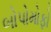
બોપોમોફો